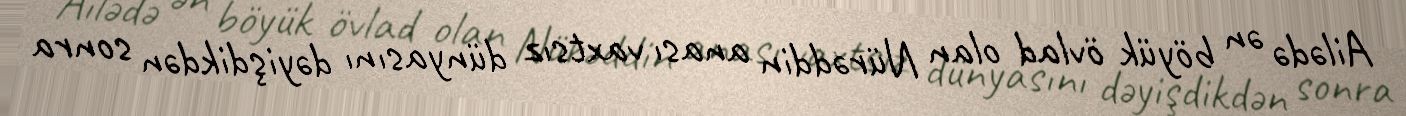
Ailədə ən böyük övlad olan Nürəddin anası vaxtsız dünyasını dəyişdikdən sonra